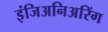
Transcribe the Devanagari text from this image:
इंजिअनिअरिंग